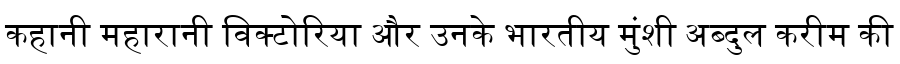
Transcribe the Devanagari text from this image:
कहानी महारानी विक्टोरिया और उनके भारतीय मुंशी अब्दुल करीम की